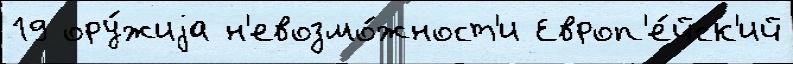
19 ору́жиjа н'евозмо́жност'и Европ'е́йск'ий